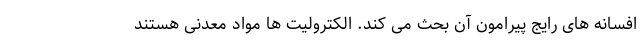
افسانه های رایج پیرامون آن بحث می کند. الکترولیت ها مواد معدنی هستند